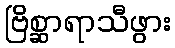
ဗြိစ္ဆာရာသီဖွား